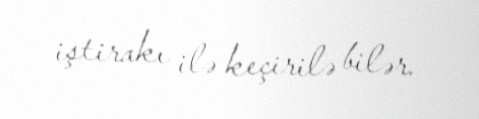
iştirakı ilə keçirilə bilər.